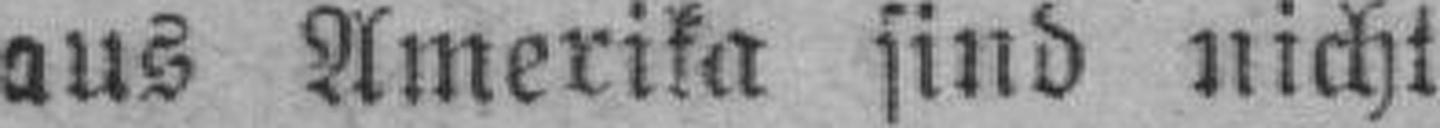
aus Amerika sind nicht